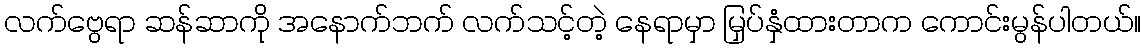
လက်ဗွေရာ ဆန်ဆာကို အနောက်ဘက် လက်သင့်တဲ့ နေရာမှာ မြှပ်နှံထားတာက ကောင်းမွန်ပါတယ်။